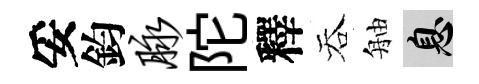
妥鈞脉陀釋吞舳息